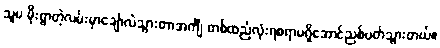
သူမ မိုးရွာတဲ့လမ်းမှာချော်လဲသွားတာအင်္ကျီ တစ်ထည်လုံးရစရာမရှိအောင်ညစ်ပတ်သွားတယ်။